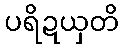
ပရိဍယှတိ